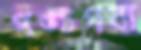
পঙ্চগব্য